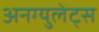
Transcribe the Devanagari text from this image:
अनग्युलेट्स